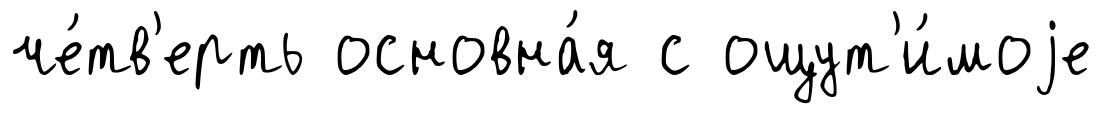
че́тв'ерть основна́я с ощут'и́моjе